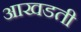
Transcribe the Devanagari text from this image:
आखडती